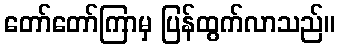
တော်တော်ကြာမှ ပြန်ထွက်လာသည်။